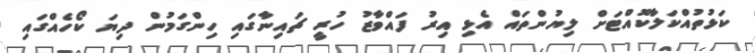
ކަޅުތުއްކަލާކޮއްޓަށް ލިޔުންތައް އެޅި އިރު ފައްވާޒު ހުރީ ޗައިނާގައި ހިންގަމުން ދިޔަ ކޯހެއްގައި